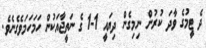
ދެ ޓީމުގެ ވާދަ ކުރުން ނިމިގެން ދިޔައީ 1-1 ގެ ނަތީޖާއަކުން ހަމަހަމަވެގެނެވެ.